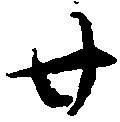
廿